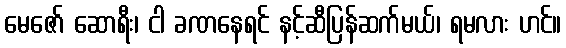
မေဇော် ဆောရီး၊ ငါ ခဏနေရင် နင့်ဆီပြန်ဆက်မယ်၊ ရမလား ဟင်။